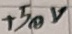
Text: +50V